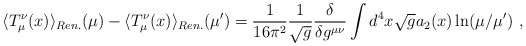
\begin{align*}\langle T^\nu_\mu(x)\rangle_{Ren.}(\mu)-\langle T^\nu_\mu(x)\rangle_{Ren.}(\mu')=\frac1{16\pi^2}\frac1{\sqrt{g}}\frac{\delta}{\delta g^{\mu\nu}}\int d^4x\sqrt{g} a_2(x)\ln(\mu/\mu') \ ,\end{align*}